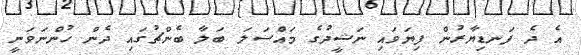
އެ ދެ ފަނޑިޔާރުން ފިޔަވައި ނަޝީދުގެ މައްސަލަ ބަލާ ބެންޗުގައި ދެން ހުންނަވަނީ